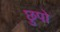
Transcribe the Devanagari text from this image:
छुपो